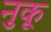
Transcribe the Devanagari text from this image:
नुकू